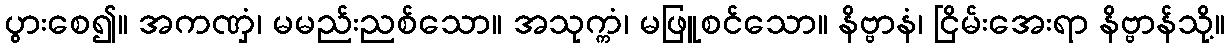
ပွားစေ၍။ အကဏှံ၊ မမည်းညစ်သော။ အသုက္ကံ၊ မဖြူစင်သော။ နိဗ္ဗာနံ၊ ငြိမ်းအေးရာ နိဗ္ဗာန်သို့။